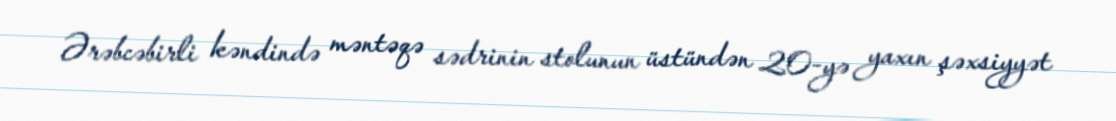
Ərəbcəbirli kəndində məntəqə sədrinin stolunun üstündən 20-yə yaxın şəxsiyyət